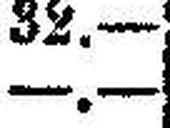
—.—